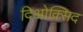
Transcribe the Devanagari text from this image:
दिओक्सिद